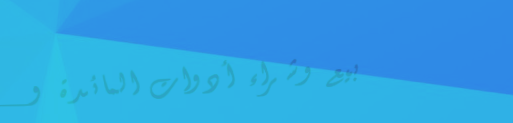
بيع وشراء أدوات المائدة و